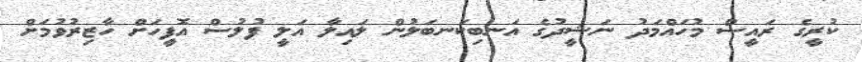
ކުރީގެ ރައީސް މުހައްމަދު ނަޝީދުގެ އަނބިކަނބަލުން ލައިލާ އަލީ ފުލުސް އޮފީހަށް ހާޒިރުވުމަށް